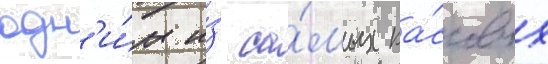
одн'и́м и́з са́мых ка́ссовых